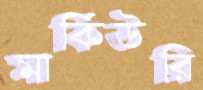
মার্কিউরি